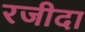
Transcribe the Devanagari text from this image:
रजीदा